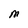
Character: M